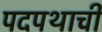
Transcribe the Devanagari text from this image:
पदपथाची